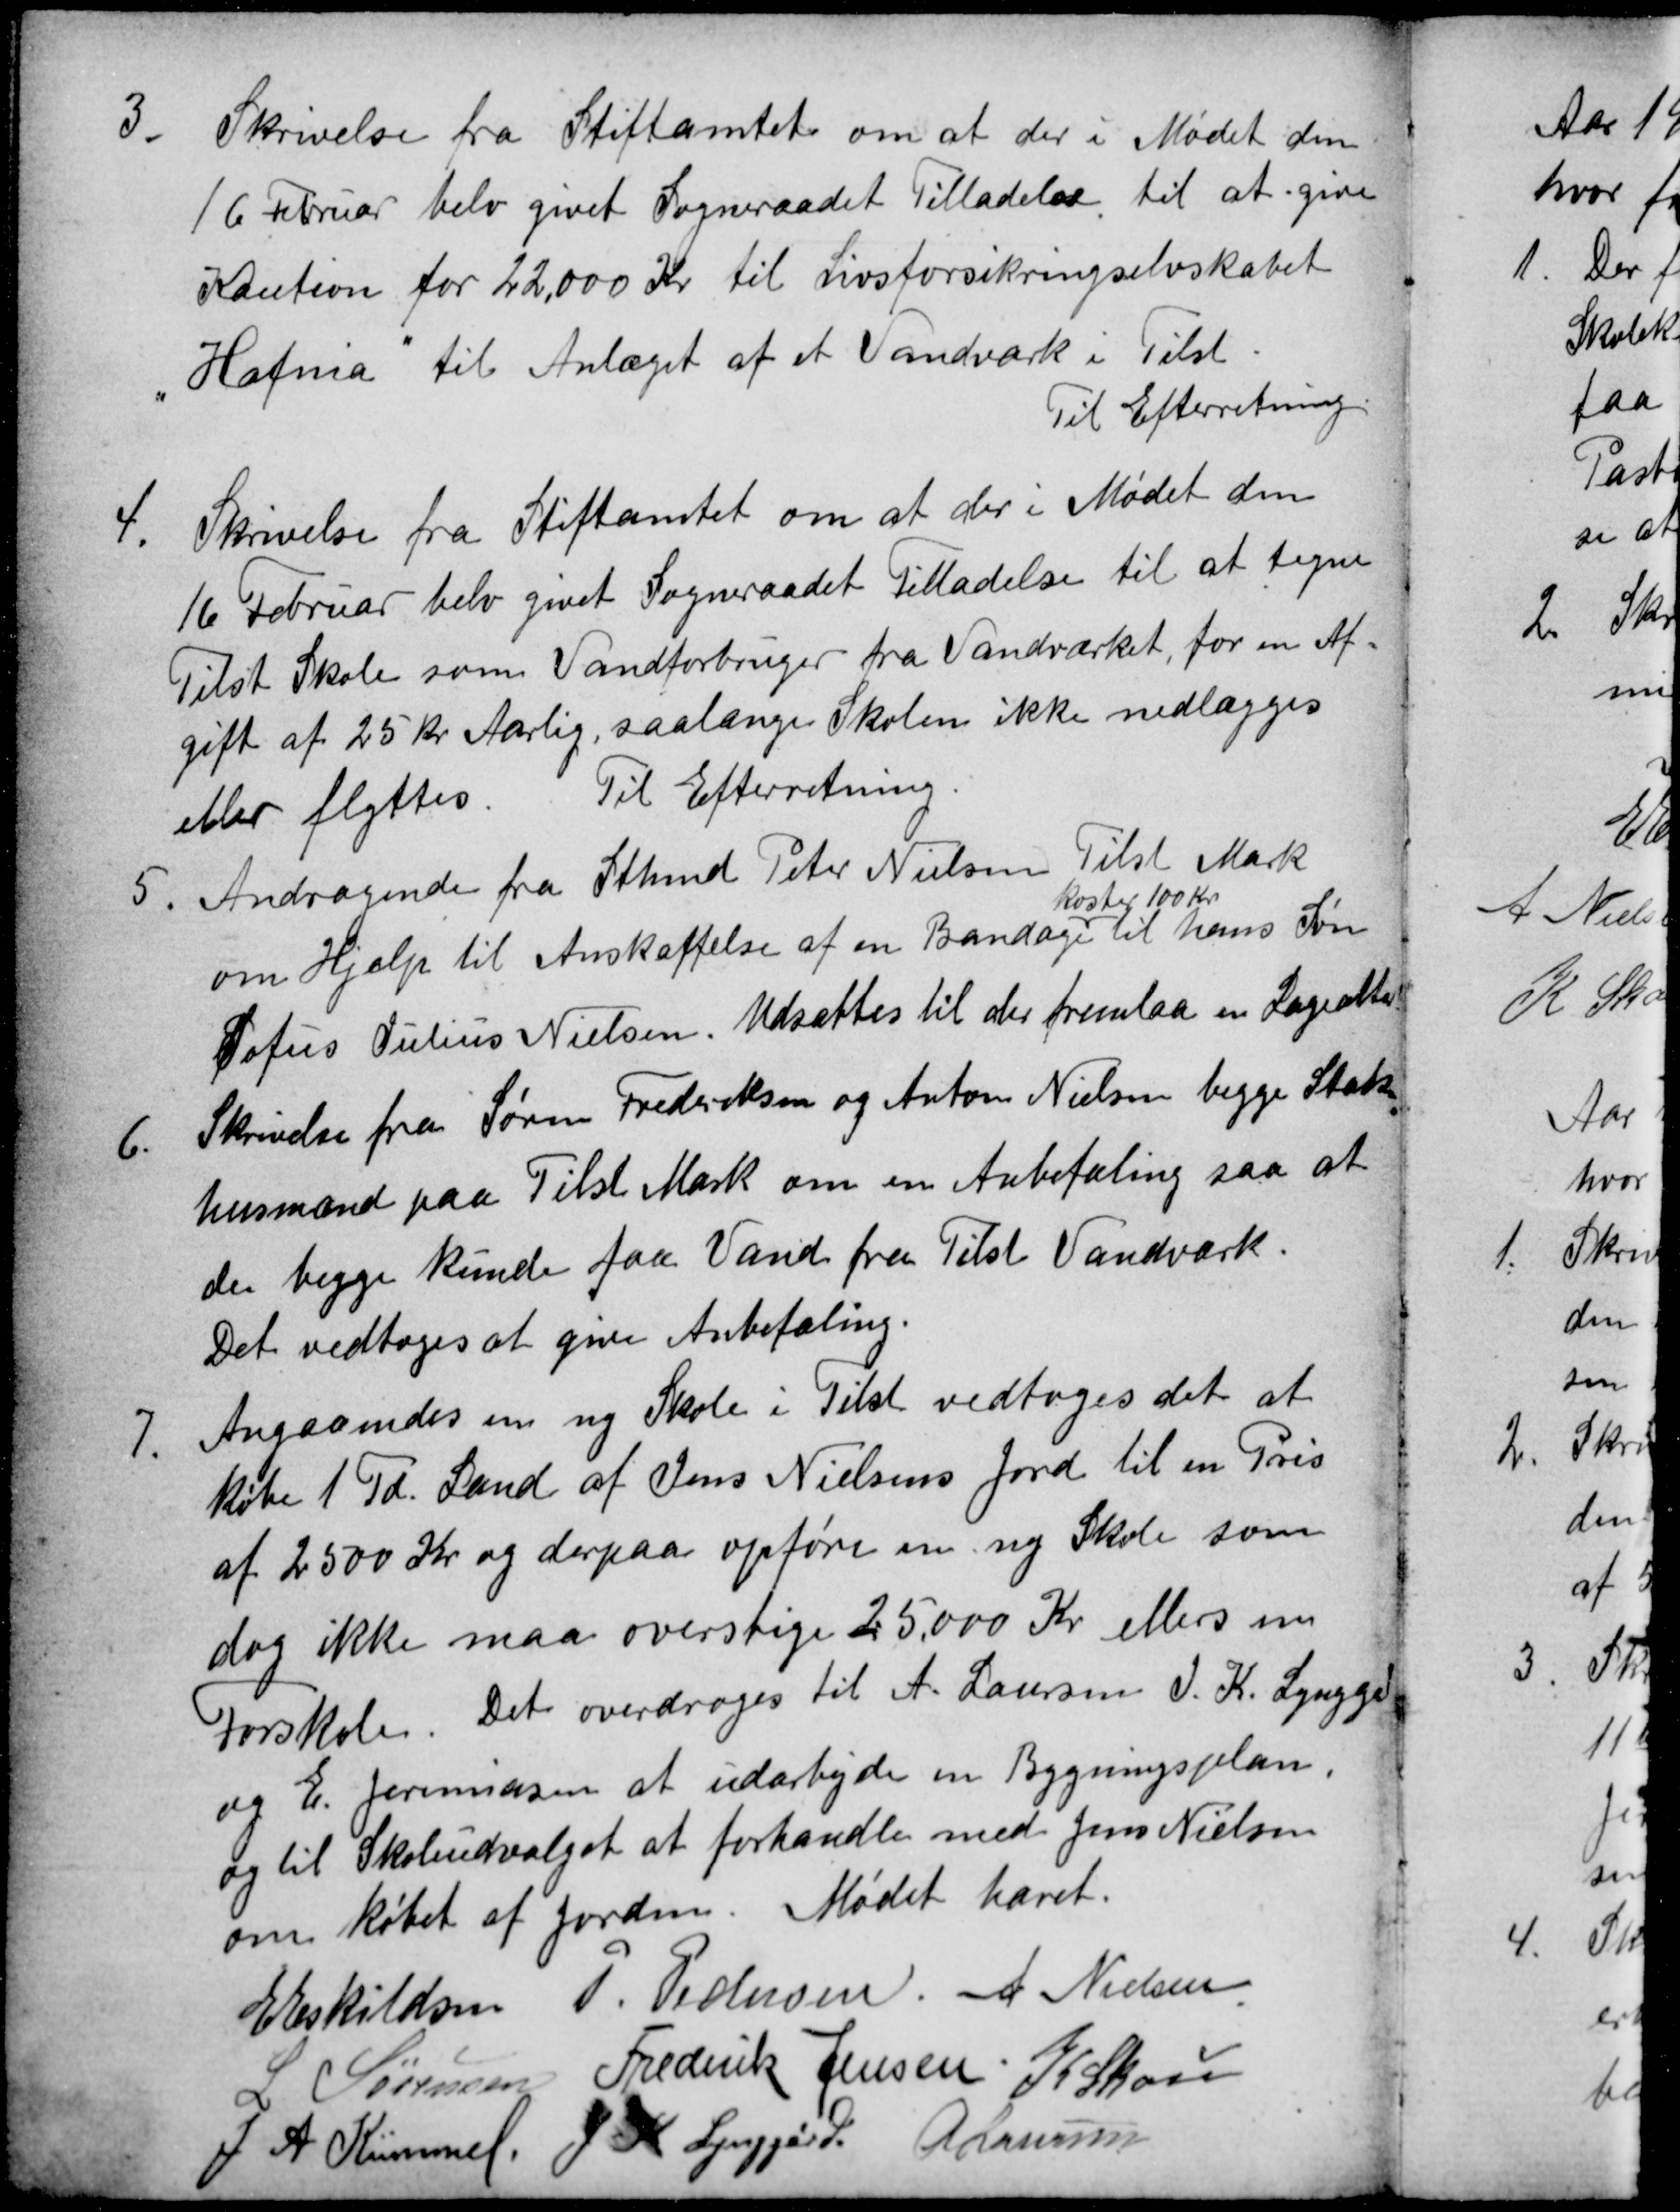
Transskription:
3
Skrivelse fra Stiftamtet om at der i Mødet den
16 Februar blev givet Sogneraadet Tilladelse til at give
Kaution for 22,000 Kr til Livsforsikringselskabet
Hafnia til Anlæget af et Vandværk i Tilst.
Til Efterretning.
4.
Skrivelse fra Stiftamtet om at der i Mødet den
16 Februar blev givet Sogneraadet Tilladelse til at tegne
Tilst Skole som Vandforbruger fra Vandværket, for en Af
gift af 25 Kr Aarlig, saalænge Skolen ikke nedlægges
eller flyttes. Til Efterretning
5nde fra Sthmd Peter Nielsen Tilst Mark
Andragende fra Sthmd Peter Nielsen Tilst Mark
om Hjelp til Anskaffelse af en Bandage
koster 100 Kr.
til hans Søn
Sofus Julius Nielsen. Udsættes til der fremlaa en Lægeattest
6.
Skrivelse fra Søren Frederiksen og Anton Nielsen begge Stats
husmænd paa Tilst Mark om en Anbefaling saa at 
de begge kunde faa Vand fra Tilst Vandværk.
Det vedtoges at give Anbefaling.
7.
Angaaendes om ny Skole i Tilst vedtoges det at
købe 1 Td. Land af Jens Nielsens Jord til en Pris
af 2500 Kr og derpaa opføre en ny Skole som
dog ikke maa overstige 25.000 Kr ellers nu
Forskole. Det overdroges til A. Laursen J. K. Lynggård
og E. Jeremiasen at udarbejde en Bygningsplan,
og til Skoleudvalget at forhandle med Jens Nielsen
om købet af Jorden. Mødet hævet.
E Eskildsen P. Pedersen A Nielsen
L Sørensen Frederik Jensen K Skou
J A Kümmel
J K Lynggård
A Laursen